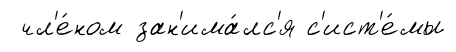
чл'е́ном зан'има́лс'я с'ист'е́мы